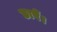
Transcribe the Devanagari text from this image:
छापें।